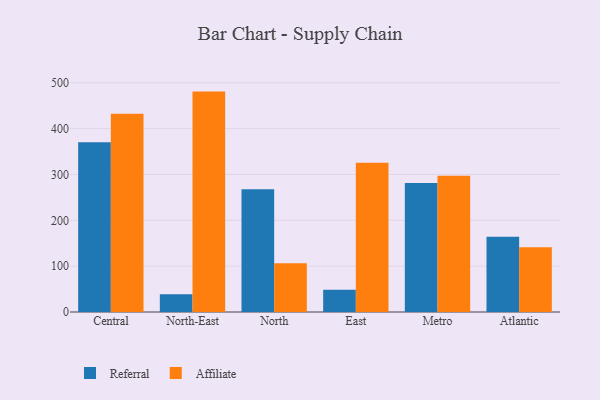
{"axis": {"x": "Region", "y": "Shipments"}, "legend": ["Affiliate", "Referral"], "data": [{"x": "Central", "y": 370.4, "type": "Referral"}, {"x": "Central", "y": 432.4, "type": "Affiliate"}, {"x": "North-East", "y": 38.6, "type": "Referral"}, {"x": "North-East", "y": 480.8, "type": "Affiliate"}, {"x": "North", "y": 267.7, "type": "Referral"}, {"x": "North", "y": 106.1, "type": "Affiliate"}, {"x": "East", "y": 48.4, "type": "Referral"}, {"x": "East", "y": 325.4, "type": "Affiliate"}, {"x": "Metro", "y": 281.3, "type": "Referral"}, {"x": "Metro", "y": 297.1, "type": "Affiliate"}, {"x": "Atlantic", "y": 163.9, "type": "Referral"}, {"x": "Atlantic", "y": 141.3, "type": "Affiliate"}]}